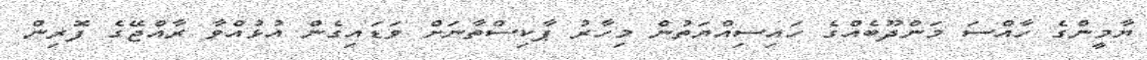
ޔާމީންގެ ހާއްސަ މަންދޫބެއްގެ ހައިސިއްޔަތުން މިހާރު ޕާކިސްތާނަށް ވަޑައިގެން އުޅުއްވާ ރާއްޖޭގެ ފޮރިން